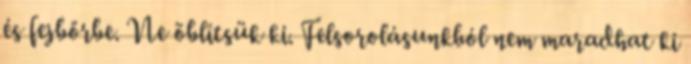
és fejbőrbe. Ne öblítsük ki. Felsorolásunkból nem maradhat ki